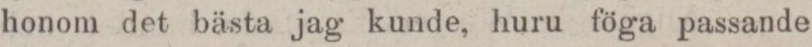
honom det bästa jag kunde, huru föga passande